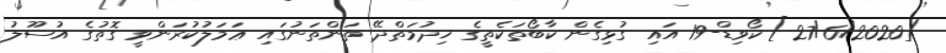
[27/6/2020] ކޯވިޑް-19 އައި ގުޅިގެން ކާބޯތަކެތީގެ ޚިދުމަތްދޭ ތަންތަނުގައި ޢަމަލުކުރަންވީ ގޮތުގެ އުސޫލު